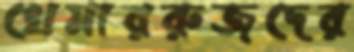
খেমাররুজদের